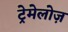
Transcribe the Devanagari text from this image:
ट्रेमेलोज़